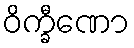
ဝိက္ခီဏော